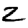
Digit: 2